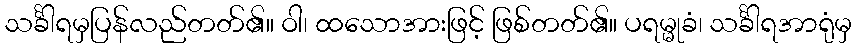
သင်္ခါရမှပြန်လည်တတ်၏။ ဝါ၊ ထသောအားဖြင့် ဖြစ်တတ်၏။ ပရမ္မုခံ၊ သင်္ခါရအာရုံမှ